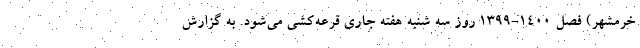
خرمشهر) فصل ۱۴۰۰-۱۳۹۹ روز سه شنبه هفته جاری قرعه‌کشی می‌شود. به گزارش